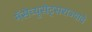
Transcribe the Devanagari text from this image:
मॅसेच्युसेट्सराज्याचे